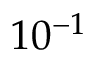
1 0 ^ { - 1 }